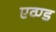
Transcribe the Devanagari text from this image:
एव्ण्ड